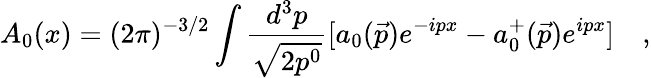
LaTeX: A_{0}(x)=(2\pi)^{-3/2}\int\frac{d^{3}p}{\sqrt{2p^{0}}}[a_{0}(\vec{p})e^{-ipx}-a_{0}^{+}(\vec{p})e^{ipx}]\quad,